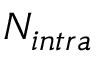
N _ { i n t r a }